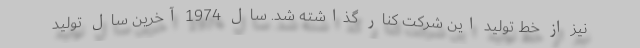
نیز از خط تولید این شرکت کنار گذاشته شد. سال 1974 آخرین سال تولید